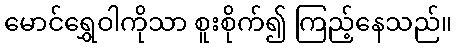
မောင်ရွှေဝါကိုသာ စူးစိုက်၍ ကြည့်နေသည်။